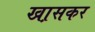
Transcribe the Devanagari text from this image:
खा़सकर